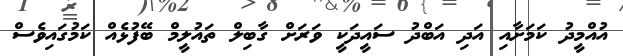
އުއްމީދު ކަމަށާއި އަދި އަބްދު ސައީދަކީ ވަަރަށް ގާބިލް ތައުލީމް ބޭފުޅެއް ކަމުގައިވެސް